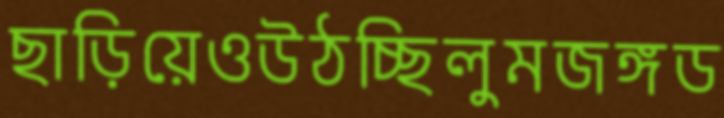
ছাড়িয়েওউঠচ্ছিলুমজঙ্গড